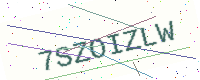
Text: 7SZOIZLW